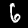
Digit: 6